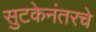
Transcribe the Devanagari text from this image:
सुटकेनंतरचे